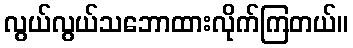
လွယ်လွယ်သဘောထားလိုက်ကြတယ်။